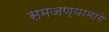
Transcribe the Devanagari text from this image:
समजण्यामागे